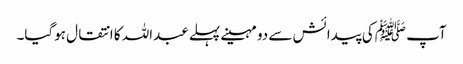
آپ ﷺکی پیدائش سے دو مہینے پہلے عبداللہ کا انتقال ہوگیا۔